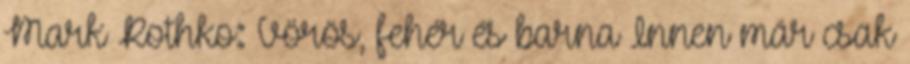
Mark Rothko: Vörös, fehér és barna Innen már csak